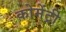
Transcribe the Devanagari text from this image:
कोमेंट्री